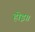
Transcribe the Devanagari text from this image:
होइ॥